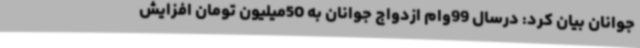
جوانان بیان کرد: درسال 99وام ازدواج جوانان به 50میلیون تومان افزایش